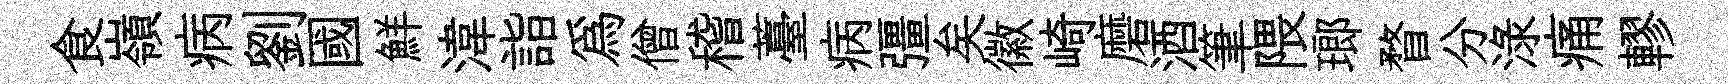
食嶺病劉國鮮湋詣爲僧稽薹病彊矣徽崎磨酒筆隈瑯瞀分渌痛轇